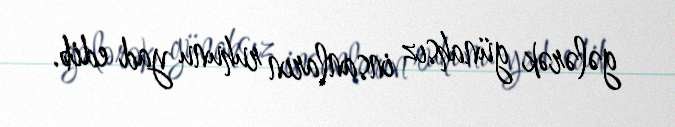
gələrək günahsız insanların ruhunu yad edib.